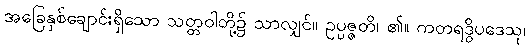
အခြေနှစ်ချောင်းရှိသော သတ္တဝါတို့၌ သာလျှင်။ ဥပ္ပဇ္ဇတိ၊ ၏။ ကတရဒွိပဒေသု၊